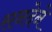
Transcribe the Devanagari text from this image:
सनदेने